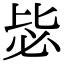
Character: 毖